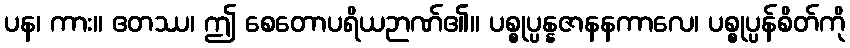
ပန၊ ကား။ ဧတဿ၊ ဤ စေတောပရိယဉာဏ်၏။ ပစ္စုပ္ပန္နဇာနနကာလေ၊ ပစ္စုပ္ပန်စိတ်ကို